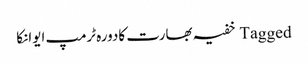
Tagged خفیہ بھارت کادورہ ٹرمپ ایوانکا